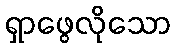
ရှာဖွေလိုသော